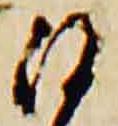
沙